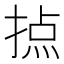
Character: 𢰷